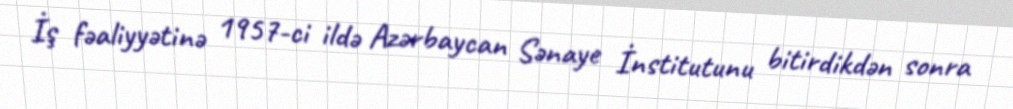
İş fəaliyyətinə 1957-ci ildə Azərbaycan Sənaye İnstitutunu bitirdikdən sonra